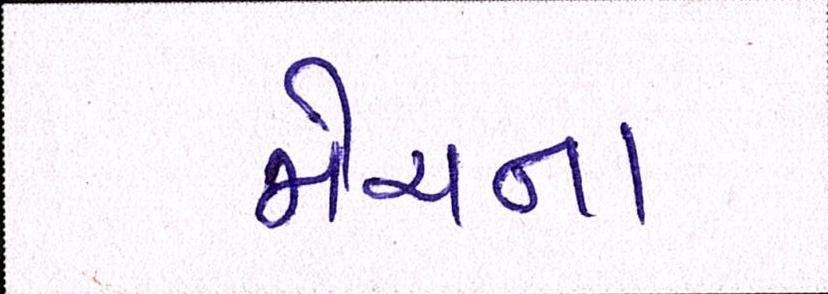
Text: મેચના